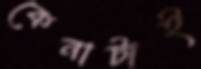
কেনাটাই